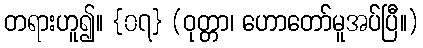
တရားဟူ၍။ {၀၇} (ဝုတ္တာ၊ ဟောတော်မူအပ်ပြီ။)